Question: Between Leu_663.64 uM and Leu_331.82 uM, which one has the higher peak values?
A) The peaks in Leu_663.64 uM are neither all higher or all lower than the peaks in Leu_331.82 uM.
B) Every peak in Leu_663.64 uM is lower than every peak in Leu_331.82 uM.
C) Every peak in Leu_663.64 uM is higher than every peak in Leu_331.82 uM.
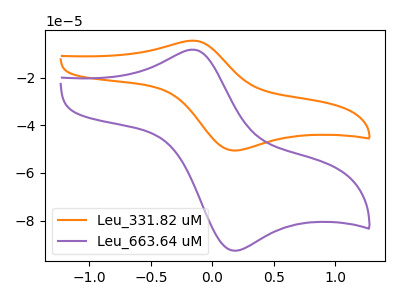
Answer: <think>The orange curve "Leu_331.82 uM" has an anodic peak at (-0.15V, -4.55uA) and a cathodic peak at (0.20V, -50.55uA). The purple curve "Leu_663.64 uM" has an anodic peak at (-0.15V, -8.30uA) and a cathodic peak at (0.20V, -92.55uA).</think>
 <answer>A) The peaks in "Leu_663.64 uM" are neither all higher or all lower than the peaks in "Leu_331.82 uM".</answer>
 <eval>A</eval>